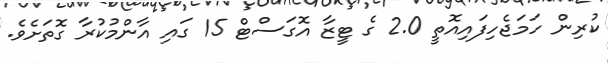
ކުރިން ހަމަޖެހިފައިއޮތީ 2.0 ގެ ޓީޒާ އޮގަސްޓް 15 ގައި އާންމުކުރާ ގޮތަށެވެ.